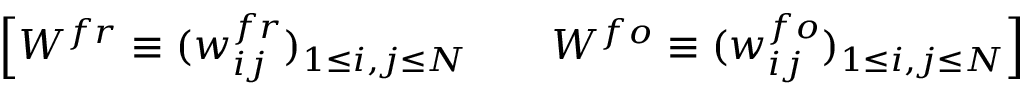
\left[ W ^ { f r } \equiv ( w _ { i j } ^ { f r } ) _ { 1 \le i , j \le N } \quad \quad W ^ { f o } \equiv ( w _ { i j } ^ { f o } ) _ { 1 \le i , j \le N } \right]